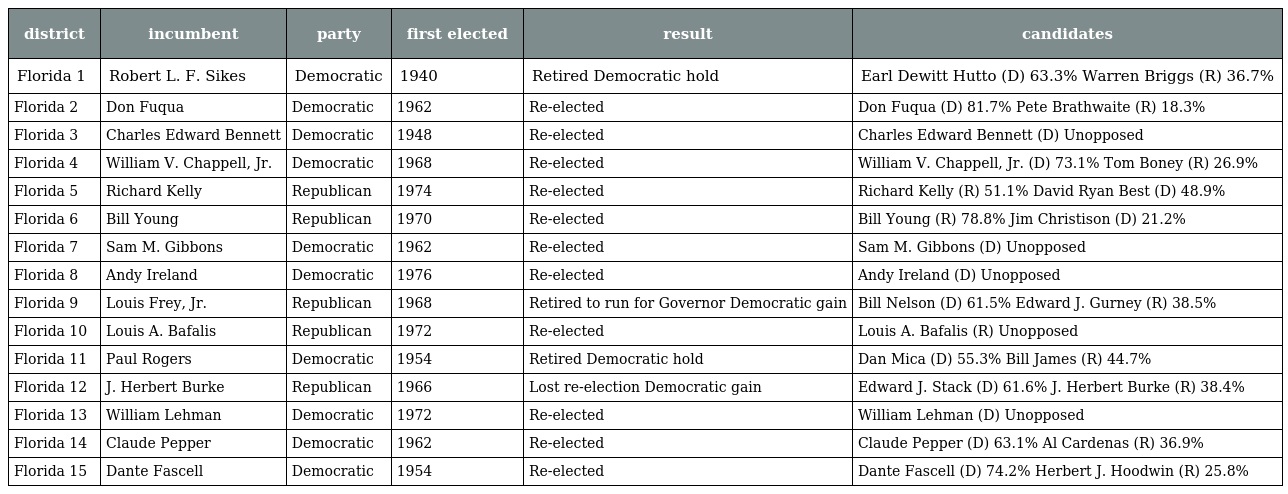
| district | incumbent | party | first elected | result | candidates |
 | --- | --- | --- | --- | --- | --- |
 | Florida 1 | Robert L. F. Sikes | Democratic | 1940 | Retired Democratic hold | Earl Dewitt Hutto (D) 63.3% Warren Briggs (R) 36.7% |
 | Florida 2 | Don Fuqua | Democratic | 1962 | Re-elected | Don Fuqua (D) 81.7% Pete Brathwaite (R) 18.3% |
 | Florida 3 | Charles Edward Bennett | Democratic | 1948 | Re-elected | Charles Edward Bennett (D) Unopposed |
 | Florida 4 | William V. Chappell, Jr. | Democratic | 1968 | Re-elected | William V. Chappell, Jr. (D) 73.1% Tom Boney (R) 26.9% |
 | Florida 5 | Richard Kelly | Republican | 1974 | Re-elected | Richard Kelly (R) 51.1% David Ryan Best (D) 48.9% |
 | Florida 6 | Bill Young | Republican | 1970 | Re-elected | Bill Young (R) 78.8% Jim Christison (D) 21.2% |
 | Florida 7 | Sam M. Gibbons | Democratic | 1962 | Re-elected | Sam M. Gibbons (D) Unopposed |
 | Florida 8 | Andy Ireland | Democratic | 1976 | Re-elected | Andy Ireland (D) Unopposed |
 | Florida 9 | Louis Frey, Jr. | Republican | 1968 | Retired to run for Governor Democratic gain | Bill Nelson (D) 61.5% Edward J. Gurney (R) 38.5% |
 | Florida 10 | Louis A. Bafalis | Republican | 1972 | Re-elected | Louis A. Bafalis (R) Unopposed |
 | Florida 11 | Paul Rogers | Democratic | 1954 | Retired Democratic hold | Dan Mica (D) 55.3% Bill James (R) 44.7% |
 | Florida 12 | J. Herbert Burke | Republican | 1966 | Lost re-election Democratic gain | Edward J. Stack (D) 61.6% J. Herbert Burke (R) 38.4% |
 | Florida 13 | William Lehman | Democratic | 1972 | Re-elected | William Lehman (D) Unopposed |
 | Florida 14 | Claude Pepper | Democratic | 1962 | Re-elected | Claude Pepper (D) 63.1% Al Cardenas (R) 36.9% |
 | Florida 15 | Dante Fascell | Democratic | 1954 | Re-elected | Dante Fascell (D) 74.2% Herbert J. Hoodwin (R) 25.8% |